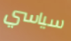
سياسي